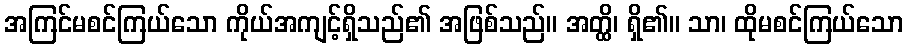
အကြင်မစင်ကြယ်သော ကိုယ်အကျင့်ရှိသည်၏ အဖြစ်သည်။ အတ္ထိ၊ ရှိ၏။ သာ၊ ထိုမစင်ကြယ်သော